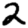
Digit: 2